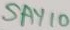
Text: SAY10